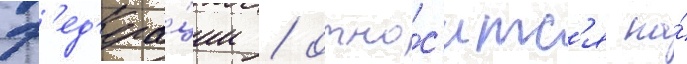
ф'ед'ера́ции / отно́с'итс'я на́